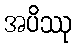
အပိဿု